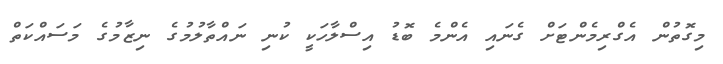
މިގޮތުން އެގްރިމެންޓަށް ގެނައި އެންމެ ބޮޑު އިސްލާހަކީ ކުނި ނައްތާލުމުގެ ނިޒާމުގެ މަސައްކަތް